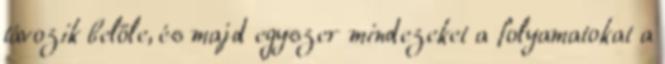
távozik belőle, és majd egyszer mindezeket a folyamatokat a